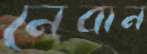
নেবান